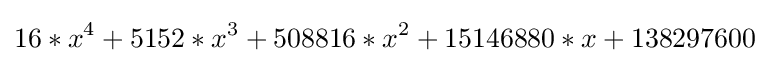
16*x^{4}+5152*x^{3}+508816*x^{2}+15146880*x+138297600